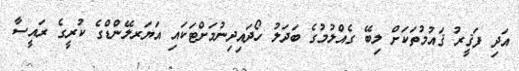
އަދި ފަޤީރު ޤައުމުތަކަށް ލިބޭ ގެއްލުމުގެ ބަދަލު ހޯދައިދިނުމަށްޓަކައި އަޔަރލޭންޑްގެ ކުރީގެ ރައީސާ